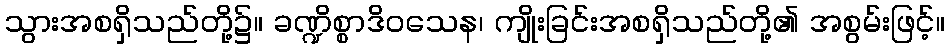
သွားအစရှိသည်တို့၌။ ခဏ္ဍိစ္စာဒိဝသေန၊ ကျိုးခြင်းအစရှိသည်တို့၏ အစွမ်းဖြင့်။